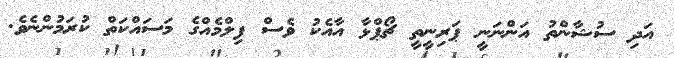
އަދި ސުޝާންތު އަންނަނީ ޕަރިނީތީ ޗޯޕްޅާ އާއެކު ވެސް ފިލްމެއްގެ މަސައްކަތް ކުރަމުންނެވެ.